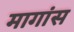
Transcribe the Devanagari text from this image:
मागांस